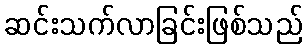
ဆင်းသက်လာခြင်းဖြစ်သည်